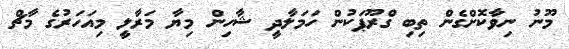
މޫނު ނިވާކޮށްގެން ތިބި ގްރޫޕަކުން ހަމަލާދީ ޝާހިން މިޔާ މަރާލީ މިއަހަރުގެ މާޗް